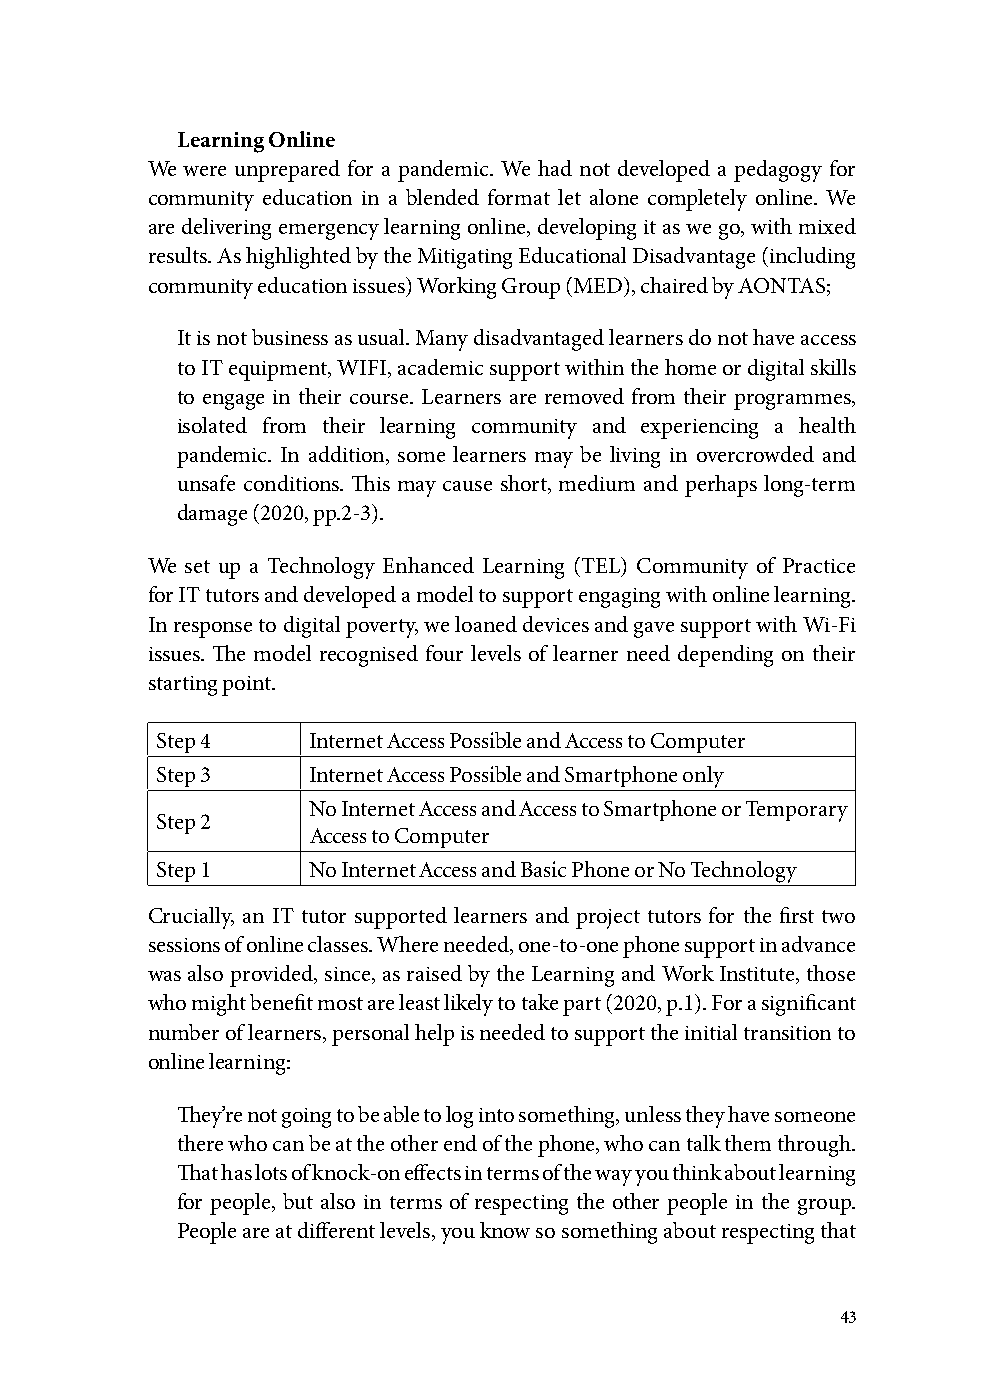
Learning Online
 We were unprepared for a pandemic. We had not developed a pedagogy for
 community education in a blended format let alone completely online. We
 are delivering emergency learning online, developing it as we go, with mixed
 results. As highlighted by the Mitigating Educational Disadvantage (including
 community education issues) Working Group (MED), chaired by AONTAS;
 It is not business as usual. Many disadvantaged learners do not have access
 to IT equipment, WIFI, academic support within the home or digital skills
 to engage in their course. Learners are removed from their programmes,
 isolated from their learning community and experiencing a health
 pandemic. In addition, some learners may be living in overcrowded and
 unsafe conditions. This may cause short, medium and perhaps long-term
 damage (2020, pp.2-3).
 We set up a Technology Enhanced Learning (TEL) Community of Practice
 for IT tutors and developed a model to support engaging with online learning.
 In response to digital poverty, we loaned devices and gave support with Wi-Fi
 issues. The model recognised four levels of learner need depending on their
 starting point.
 Step 4    Internet Access Possible and Access to Computer
 Step 3    Internet Access Possible and Smartphone only
 No Internet Access and Access to Smartphone or Temporary
 Step 2
 Access to Computer
 Step 1    No Internet Access and Basic Phone or No Technology
 Crucially, an IT tutor supported learners and project tutors for the first two
 sessions of online classes. Where needed, one-to-one phone support in advance
 was also provided, since, as raised by the Learning and Work Institute, those
 who might benefit most are least likely to take part (2020, p.1). For a significant
 number of learners, personal help is needed to support the initial transition to
 online learning:
 They’re not going to be able to log into something, unless they have someone
 there who can be at the other end of the phone, who can talk them through.
 That has lots of knock-on effects in terms of the way you think about learning
 for people, but also in terms of respecting the other people in the group.
 People are at different levels, you know so something about respecting that
 43